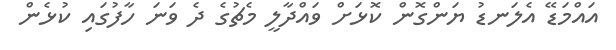
އައްމަޑޭ އެލަނޑު ޔަންގޮން ކޮޅަށް ވައްދާލީ މެޗުގެ ދެ ވަނަ ހާފުގައި ކުޅެން